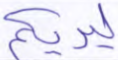
ليريكم